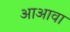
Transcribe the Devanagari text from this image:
आअावा